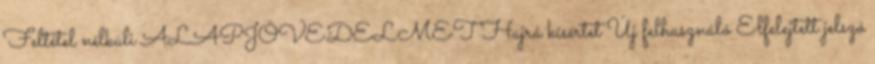
Feltétel nélküli ALAPJÖVEDELMET Hajrá kísértet Új felhasználó Elfelejtett jelszó